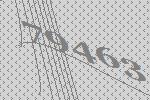
79463